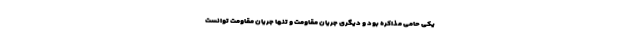
یکی حامی مذاکره بود و دیگری جریان مقاومت و تنها جریان مقاومت توانست